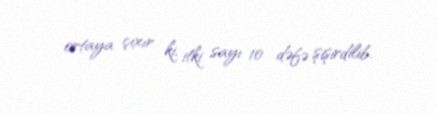
ortaya çıxır ki, itki sayı 10 dəfə şişirdilib.